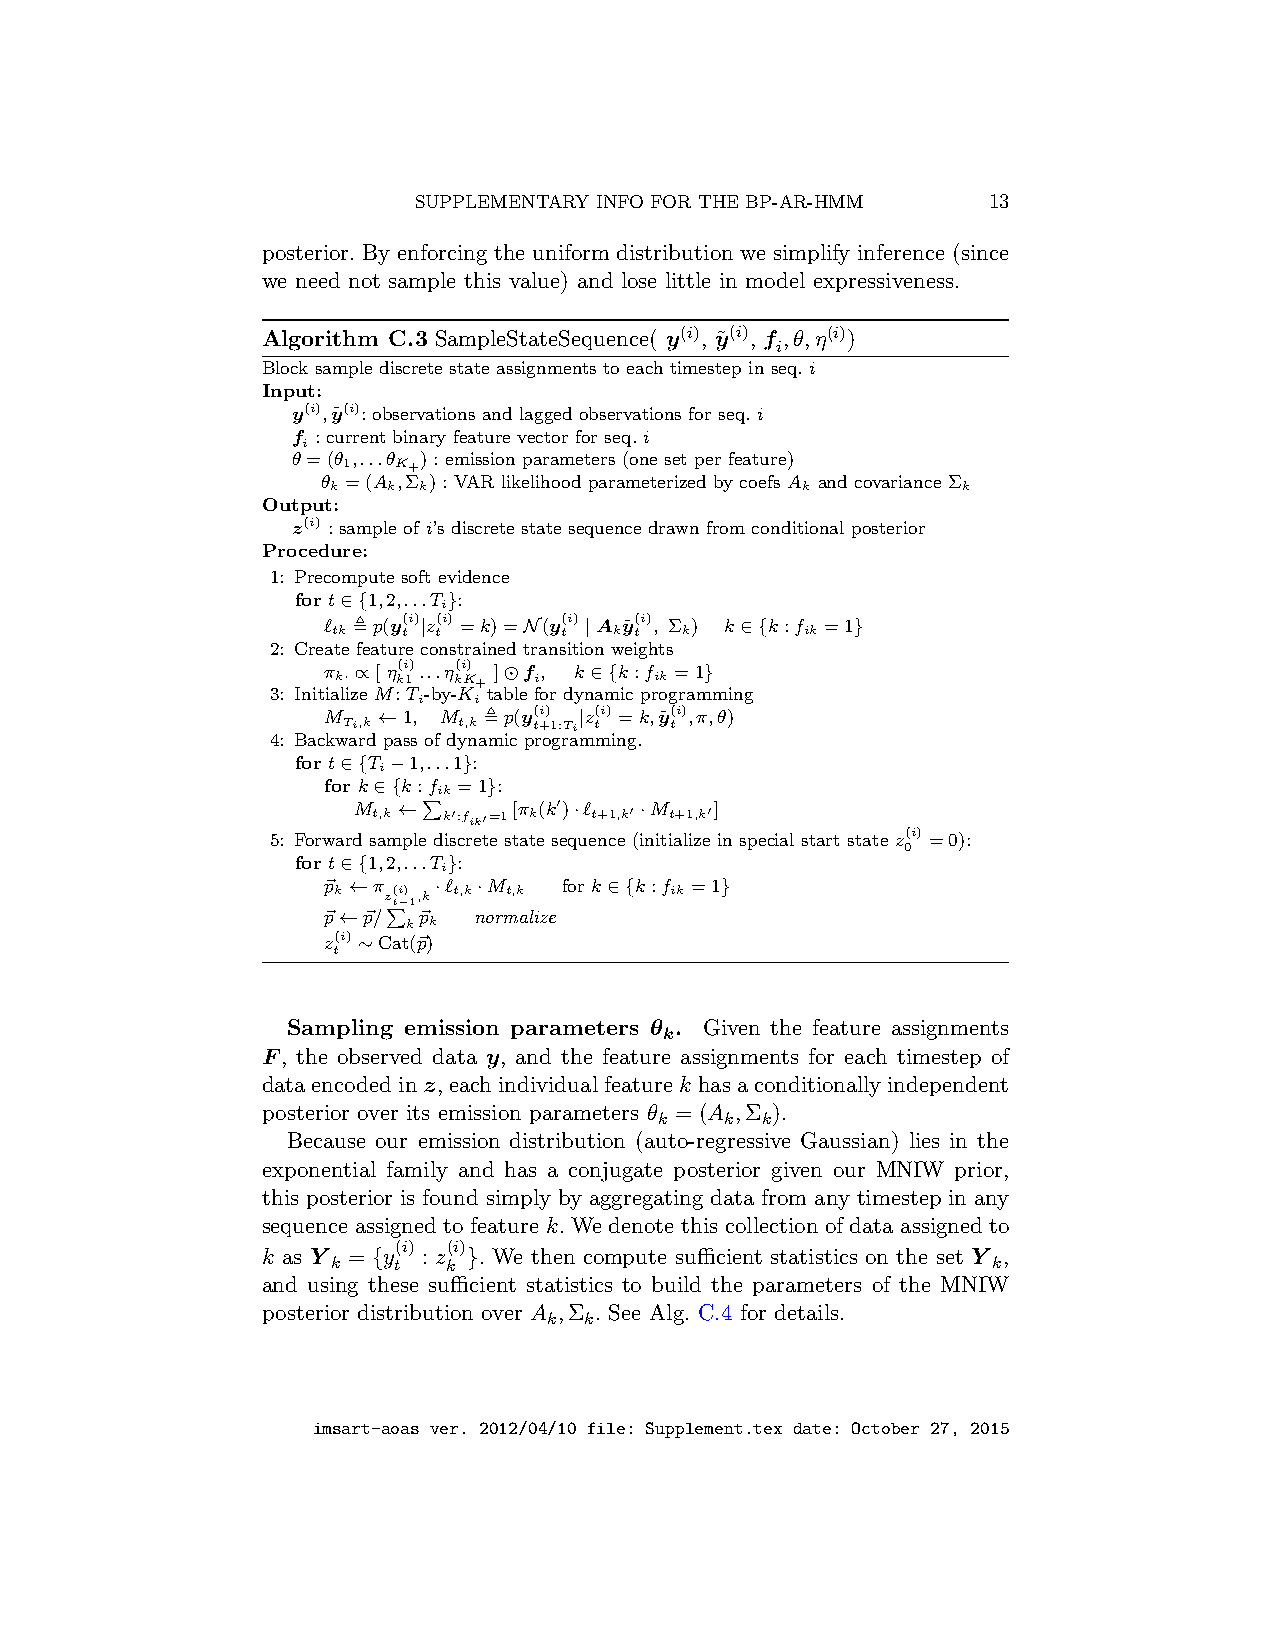
SUPPLEMENTARY INFO FOR THE BP-AR-HMM  13
 posterior. By enforcing the uniform distribution we simplify inference (since
 we need not sample this value) and lose little in model expressiveness.
 Algorithm C.3 SampleStateSequence( y(i), y˜(i), f ,θ,η(i))
 i
 Block sample discrete state assignments to each timestep in seq. i
 Input:
 y(i),y˜(i): observations and lagged observations for seq. i
 f : current binary feature vector for seq. i
 i
 θ=(θ ,...θ ) : emission parameters (one set per feature)
 1  K+
 θ =(A ,Σ ) : VAR likelihood parameterized by coefs A and covariance Σ
 k   k k                        k          k
 Output:
 z(i) : sample of i’s discrete state sequence drawn from conditional posterior
 Procedure:
 1: Precompute soft evidence
 for t∈{1,2,...T }:
 i
 ℓ ,p(y(i)|z(i) =k)=N(y(i) |A y˜(i), Σ ) k∈{k:f =1}
 tk   t t       t   k t k       ik
 2: Create feature constrained transition weights
 π ∝[ η(i)...η(i) ]⊙f, k∈{k:f =1}
 k·  k1  kK+  i       ik
 3: Initialize M: T -by-K table for dynamic programming
 i  i
 M   ←1, M  ,p(y(i) |z(i) =k,y˜(i),π,θ)
 Ti,k   t,k  t+1:Ti t t
 4: Backward pass of dynamic programming.
 for t∈{T −1,...1}:
 i
 for k∈{k:f =1}:
 ik
 M t,k ← k′:fik′=1[π k(k′)·ℓ t+1,k′ ·M t+1,k′]
 5: Forward samplePdiscrete state sequence (initialize in special start state z 0(i) =0):
 for t∈{1,2,...T }:
 i
 p~ ←π   ·ℓ ·M   for k∈{k:f =1}
 k  z t( −i) 1,k t,k t,k ik
 p~←p~/ p~ normalize
 k k
 z(i) ∼Cat(p~)
 t   P
 Sampling emission parameters θk. Given the feature assignments
 F, the observed data y, and the feature assignments for each timestep of
 dataencodedinz,eachindividualfeaturek hasaconditionallyindependent
 posterior over its emission parameters θ = (A ,Σ ).
 k   k k
 Because our emission distribution (auto-regressive Gaussian) lies in the
 exponential family and has a conjugate posterior given our MNIW prior,
 this posterior is found simply by aggregating data from any timestep in any
 sequence assigned to feature k. We denote this collection of data assigned to
 (i) (i)
 k as Y = {y : z }. We then compute sufficient statistics on the set Y ,
 k   t  k                                    k
 and using these sufficient statistics to build the parameters of the MNIW
 posterior distribution over A ,Σ . See Alg. C.4 for details.
 k  k
 imsart-aoas ver. 2012/04/10 file: Supplement.tex date: October 27, 2015